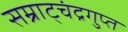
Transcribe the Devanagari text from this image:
सम्राट्चंद्रगुप्त